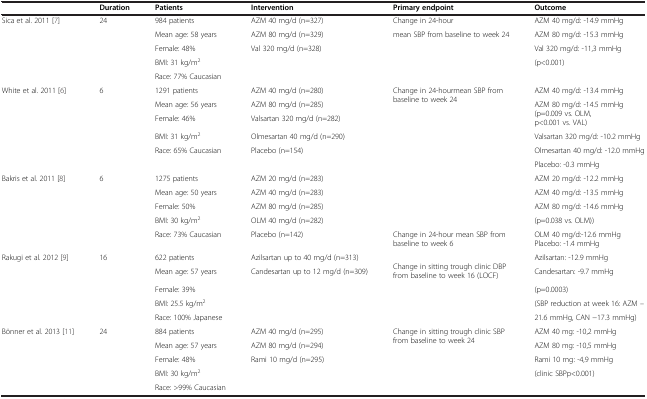
<table><thead><tr><td><b> </b></td><td><b>Duration</b></td><td><b>Patients</b></td><td><b>Intervention</b></td><td><b>Primary endpoint</b></td><td><b>Outcome</b></td></tr></thead><tbody><tr><td rowspan="5">Sica et al. 2011[7]</td><td rowspan="5">24</td><td>984 patients</td><td>AZM 40 mg/d (n=327)</td><td>Change in 24-hour</td><td>AZM 40 mg/d: -14.9 mmHg</td></tr><tr><td>Mean age: 58 years</td><td>AZM 80 mg/d (n=329)</td><td>mean SBP from baseline to week 24</td><td>AZM 80 mg/d: -15.3 mmHg</td></tr><tr><td>Female: 48%</td><td>Val 320 mg/d (n=328)</td><td> </td><td>Val 320 mg/d: -11,3 mmHg</td></tr><tr><td>BMI: 31 kg/m<sup>2</sup></td><td> </td><td> </td><td>(p&lt;0.001)</td></tr><tr><td>Race: 77% Caucasian</td><td> </td><td> </td><td> </td></tr><tr><td rowspan="6">White et al. 2011[6]</td><td rowspan="6">6</td><td>1291 patients</td><td>AZM 40 mg/d (n=280)</td><td rowspan="3">Change in 24-hourmean SBP from baseline to week 24</td><td>AZM 40 mg/d: -13.4 mmHg</td></tr><tr><td>Mean age: 56 years</td><td>AZM 80 mg/d (n=285)</td><td rowspan="2">AZM 80 mg/d: -14.5 mmHg (p=0.009 vs. OLM, p&lt;0.001 vs. VAL)</td></tr><tr><td>Female: 46%</td><td>Valsartan 320 mg/d (n=282)</td></tr><tr><td>BMI: 31 kg/m<sup>2</sup></td><td>Olmesartan 40 mg/d (n=290)</td><td> </td><td>Valsartan 320 mg/d: -10.2 mmHg</td></tr><tr><td>Race: 65% Caucasian</td><td>Placebo (n=154)</td><td> </td><td>Olmesartan 40 mg/d: -12.0 mmHg</td></tr><tr><td> </td><td> </td><td> </td><td>Placebo: -0.3 mmHg</td></tr><tr><td rowspan="5">Bakris et al. 2011[8]</td><td rowspan="5">6</td><td>1275 patients</td><td>AZM 20 mg/d (n=283)</td><td> </td><td>AZM 20 mg/d: -12.2 mmHg</td></tr><tr><td>Mean age: 50 years</td><td>AZM 40 mg/d (n=283)</td><td> </td><td>AZM 40 mg/d: -13.5 mmHg</td></tr><tr><td>Female: 50%</td><td>AZM 80 mg/d (n=285)</td><td> </td><td>AZM 80 mg/d: -14.6 mmHg</td></tr><tr><td>BMI: 30 kg/m<sup>2</sup></td><td>OLM 40 mg/d (n=282)</td><td> </td><td>(p=0.038 vs. OLM))</td></tr><tr><td>Race: 73% Caucasian</td><td>Placebo (n=142)</td><td>Change in 24-hour mean SBP from baseline to week 6</td><td>OLM 40 mg/d:-12.6 mmHgPlacebo: -1.4 mmHg</td></tr><tr><td rowspan="5">Rakugi et al. 2012[9]</td><td rowspan="5">16</td><td>622 patients</td><td>Azilsartan up to 40 mg/d (n=313)</td><td rowspan="2">Change in sitting trough clinic DBP from baseline to week 16 (LOCF)</td><td>Azilsartan: -12.9 mmHg</td></tr><tr><td>Mean age: 57 years</td><td>Candesartan up to 12 mg/d (n=309)</td><td>Candesartan: -9.7 mmHg</td></tr><tr><td>Female: 39%</td><td> </td><td> </td><td>(p=0.0003)</td></tr><tr><td>BMI: 25.5 kg/m<sup>2</sup></td><td> </td><td> </td><td>(SBP reduction at week 16: AZM –</td></tr><tr><td>Race: 100% Japanese</td><td> </td><td> </td><td>21.6 mmHg, CAN −17.3 mmHg)</td></tr><tr><td>Bönner et al. 2013[11]</td><td>24</td><td>884 patients</td><td>AZM 40 mg/d (n=295)</td><td>Change in sitting trough clinic SBP from baseline to week 24</td><td>AZM 40 mg: -10,2 mmHg</td></tr><tr><td> </td><td> </td><td>Mean age: 57 years</td><td>AZM 80 mg/d (n=294)</td><td> </td><td>AZM 80 mg: -10,5 mmHg</td></tr><tr><td> </td><td> </td><td>Female: 48%</td><td>Rami 10 mg/d (n=295)</td><td> </td><td>Rami 10 mg: -4,9 mmHg</td></tr><tr><td> </td><td> </td><td>BMI: 30 kg/m<sup>2</sup></td><td> </td><td> </td><td>(clinic SBPp&lt;0.001)</td></tr><tr><td> </td><td> </td><td>Race: &gt;99% Caucasian</td><td> </td><td> </td><td> </td></tr></tbody></table>